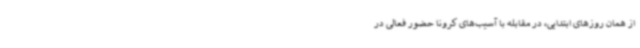
از همان روزهای ابتدایی، در مقابله با آسیب‌های کرونا حضور فعالی در